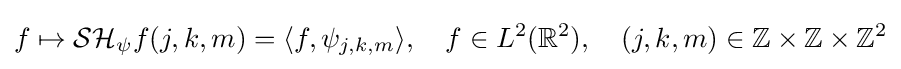
f\mapsto {\mathcal {SH}}_{\psi }f(j,k,m)=\langle f,\psi _{j,k,m}\rangle ,\quad f\in L^{2}(\mathbb {R} ^{2}),\quad (j,k,m)\in \mathbb {Z} \times \mathbb {Z} \times \mathbb {Z} ^{2}